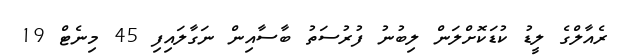
ރެއާލްގެ ލީޑު ކުޑަކޮށްލަން ލިބުނު ފުރުސަތު ބާސާއިން ނަގާލައިފި 45 މިނެޓް 19